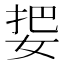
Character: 𰌅